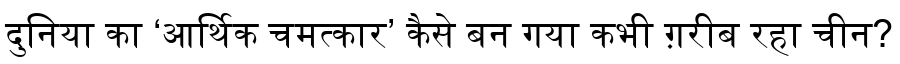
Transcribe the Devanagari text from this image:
दुनिया का ‘आर्थिक चमत्कार’ कैसे बन गया कभी ग़रीब रहा चीन?